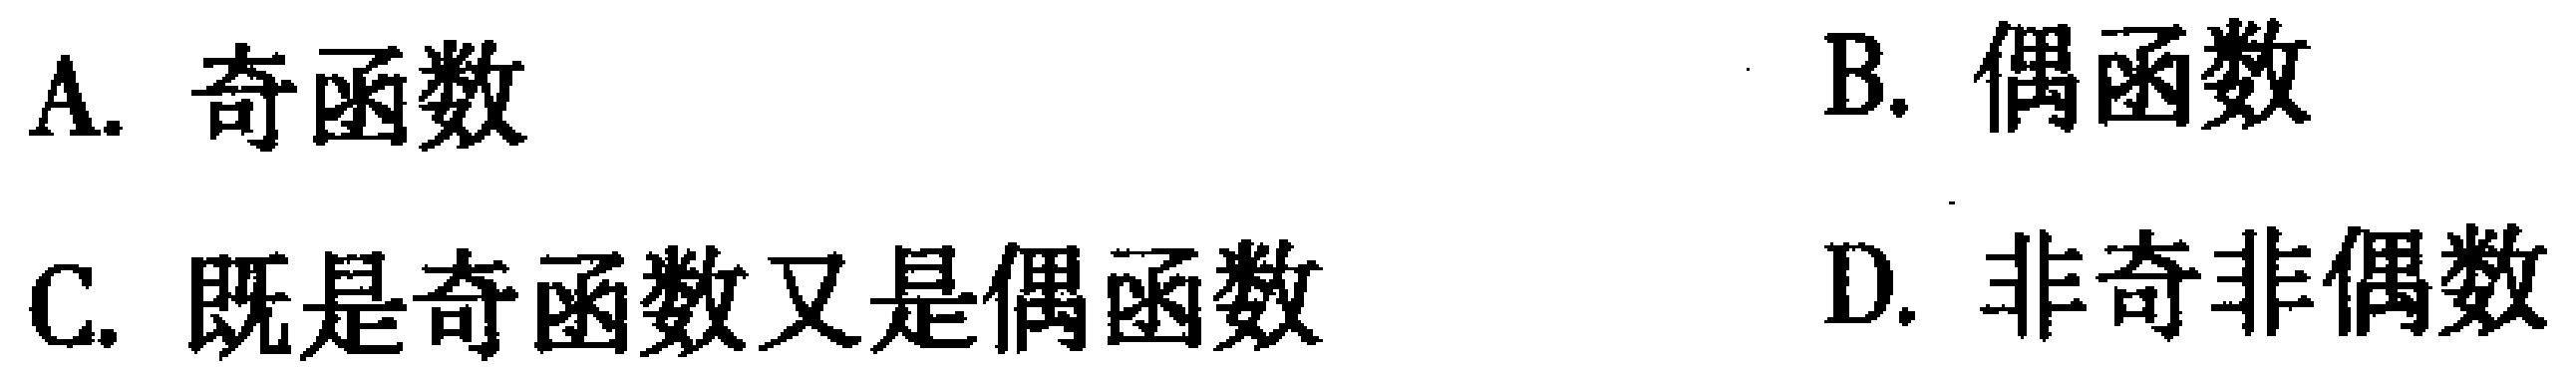
A. 奇函数

B. 偶函数

C. 既是奇函数又是偶函数

D. 非奇非偶数